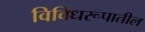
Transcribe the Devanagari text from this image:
विविधरूपातील